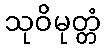
သုဝိမုတ္တံ